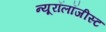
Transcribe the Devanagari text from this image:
न्यूरॉलॉजीस्ट